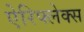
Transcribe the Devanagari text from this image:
ऐरिफ्लेक्स